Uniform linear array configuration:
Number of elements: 32
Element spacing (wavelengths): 0.25
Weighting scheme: hamming
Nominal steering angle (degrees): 0
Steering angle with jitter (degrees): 0.913
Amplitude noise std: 0.05
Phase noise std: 0.05

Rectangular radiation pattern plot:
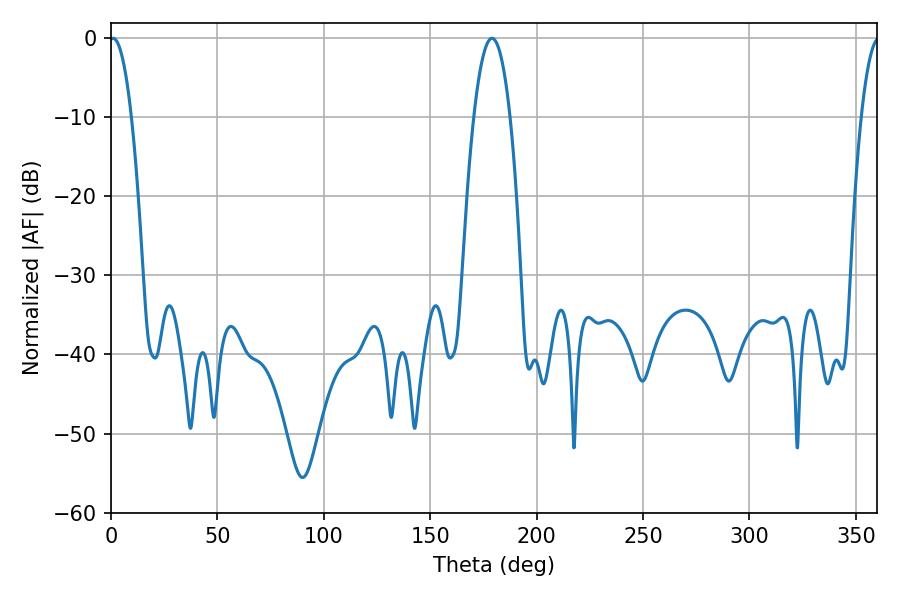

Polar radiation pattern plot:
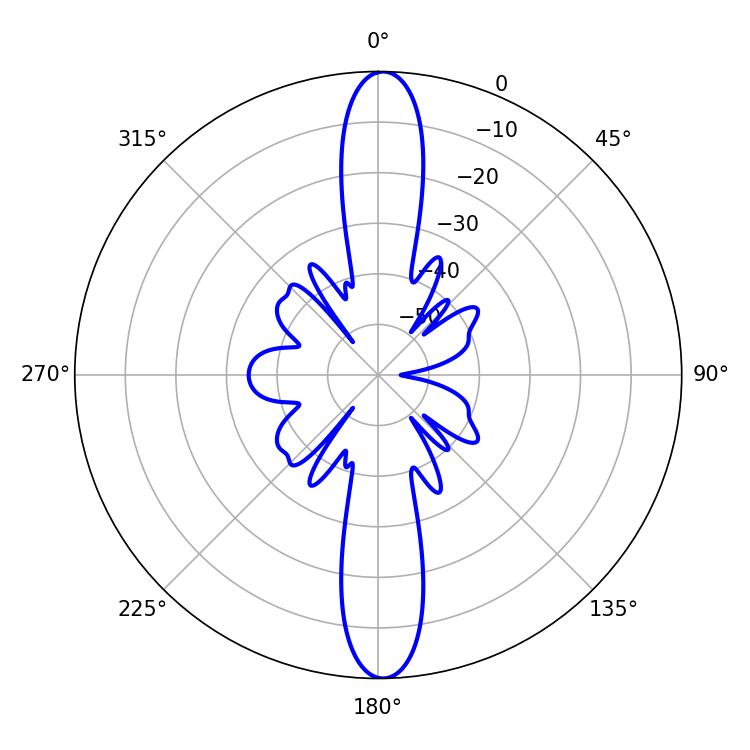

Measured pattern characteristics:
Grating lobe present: FALSE
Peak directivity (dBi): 25.194
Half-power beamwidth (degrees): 5.76
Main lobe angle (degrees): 0.9